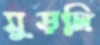
মুড়লি